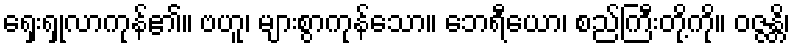
ရှေးရှုလာကုန်၏။ ဗဟူ၊ များစွာကုန်သော။ ဘေရီယော၊ စည်ကြီးတို့ကို။ ဝဇ္ဇန္တိ၊